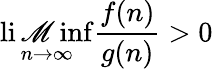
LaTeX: \operatorname*{li\mathscr{M}inf}_{n\to\infty}{\frac{{f(n)}}{{g(n)}}}>0